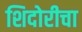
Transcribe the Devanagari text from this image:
शिदोरीचा